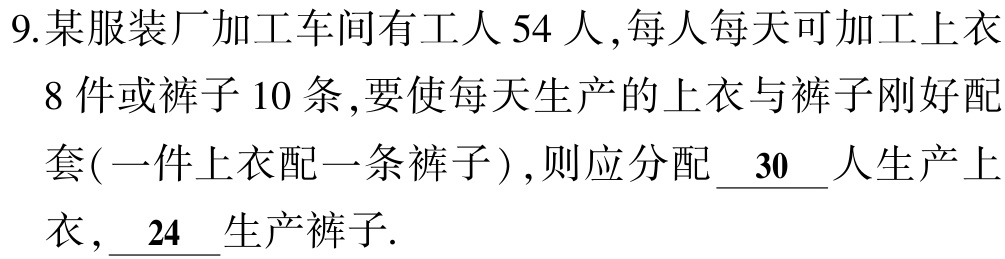
9.某服装厂加工车间有工人 54 人,每人每天可加工上衣
8 件或裤子 10 条,要使每天生产的上衣与裤子刚好配
套(一件上衣配一条裤子),则应分配 \underline{ 30 }人生产上
衣, \underline{ 24 }生产裤子.